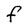
Character: f